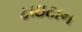
ટાઇટાન